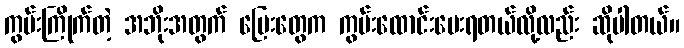
ကွမ်းကြိုက်တဲ့ အဘိုးအတွက် မြေးတွေက ကွမ်းထောင်းပေးရတယ်လို့လည်း ဆိုပါတယ်။